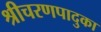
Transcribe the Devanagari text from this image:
श्रीचरणपादुका